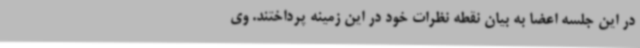
در این جلسه اعضا به بیان نقطه نظرات خود در این زمینه پرداختند. وی